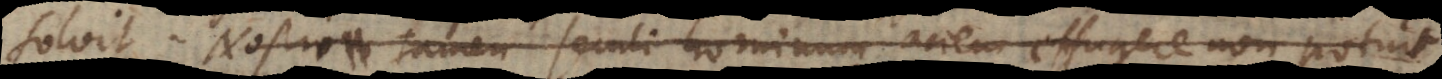
Nostri tamen seculi hominum aciem effugere non potuit.